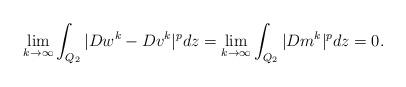
LaTeX: \begin{align*}\lim_{k\to\infty}\int_{Q_2}{ |D w^k-D v^k|^p dz }= \lim_{k\to\infty}\int_{Q_2}{ |D m^k|^p dz }=0.\end{align*}